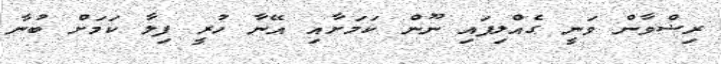
ރިޟްވާން ވަނީ ގެއްލިފައި ނޫން ކަމަށާއި އޭނާ ހުރީ ފިލާ ކަމަށް ބުނާ